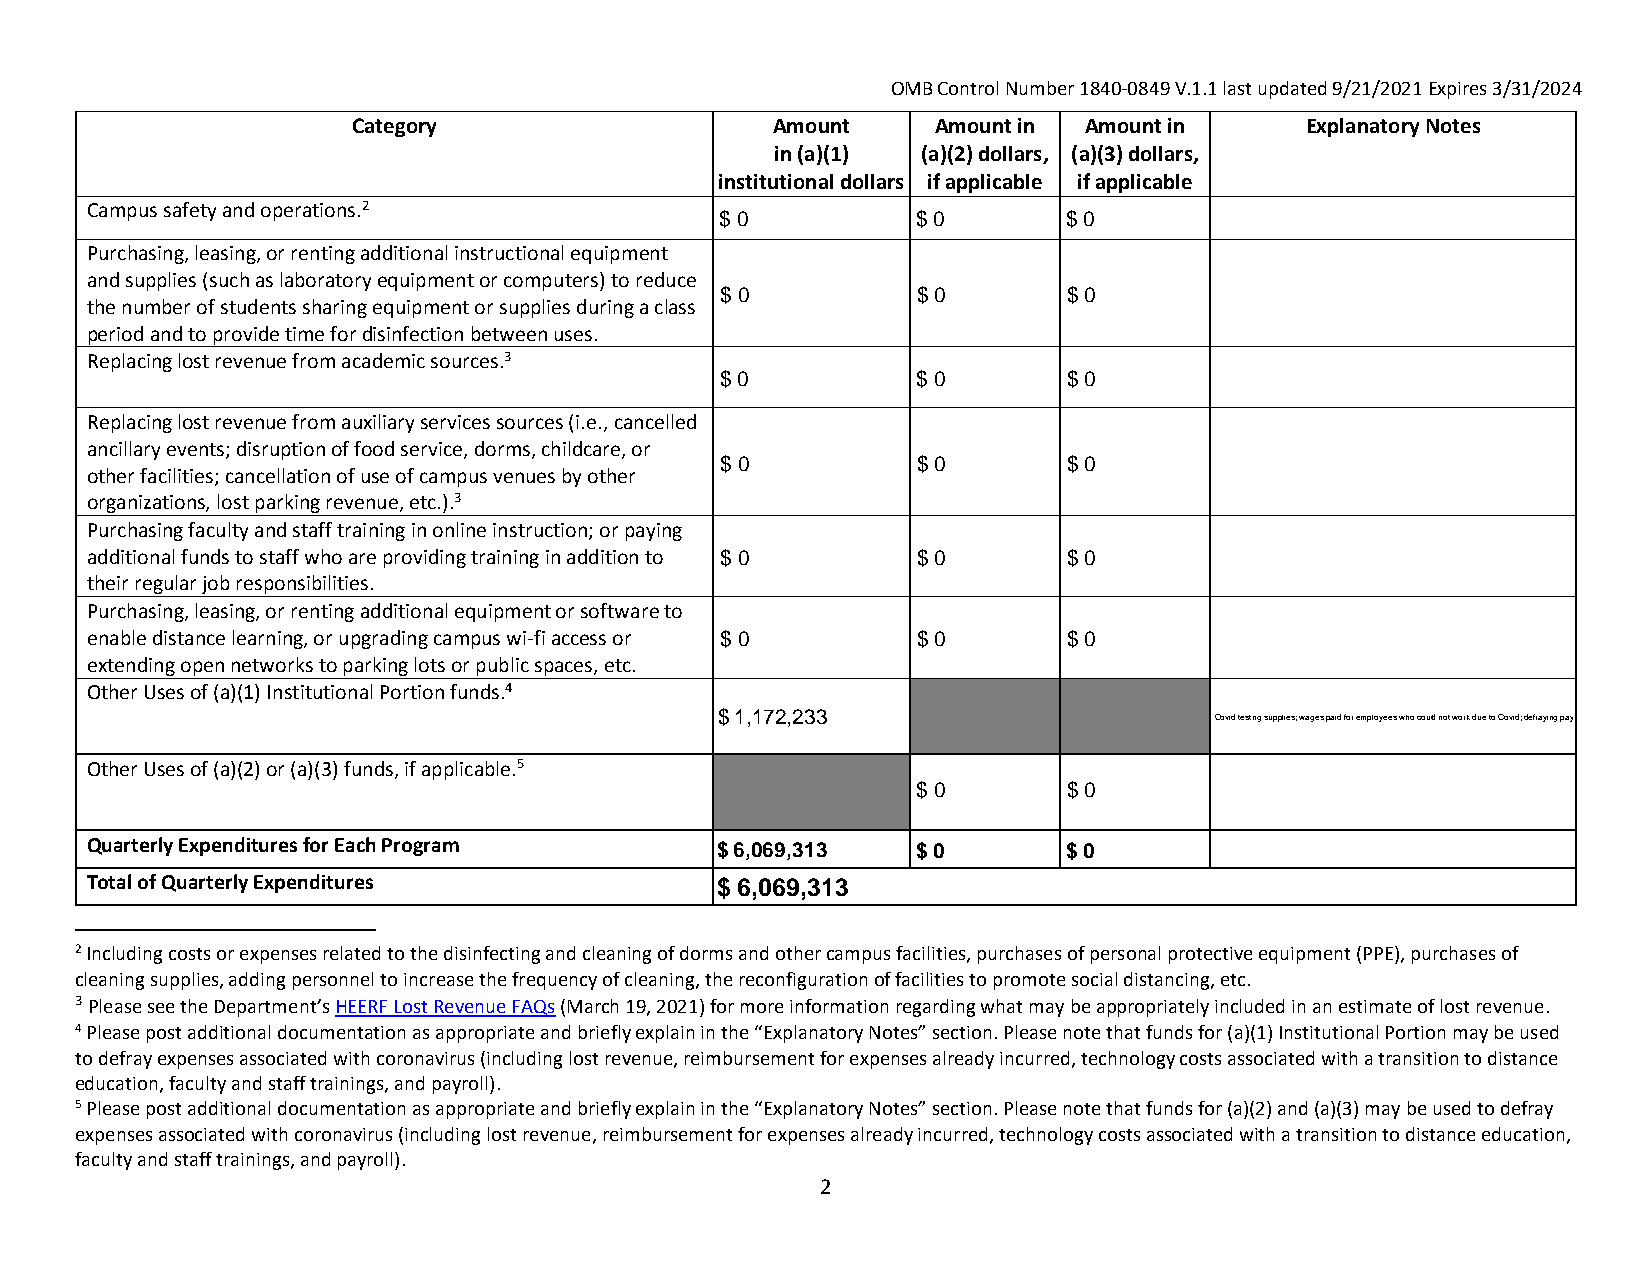
OMB Control Number 1840‐0849 V.1.1 last updated 9/21/2021 Expires 3/31/2024
 Category                    Amount     Amount in Amount in     Explanatory Notes
 in (a)(1) (a)(2) dollars, (a)(3) dollars,
 institutional dollars if applicable if applicable
 Campus safety and operations.2
 $ 0          $ 0       $ 0
 Purchasing, leasing, or renting additional instructional equipment
 and supplies (such as laboratory equipment or computers) to reduce
 $ 0          $ 0       $ 0
 the number of students sharing equipment or supplies during a class
 period and to provide time for disinfection between uses.
 Replacing lost revenue from academic sources.3
 $ 0          $ 0       $ 0
 Replacing lost revenue from auxiliary services sources(i.e.,cancelled
 ancillary events; disruption of food service, dorms, childcare, or
 $ 0          $ 0       $ 0
 other facilities; cancellation of use of campus venues by other
 organizations, lost parking revenue, etc.).3
 Purchasing faculty and staff training in online instruction; or paying
 additional funds to staff who are providing training in addition to $ 0 $ 0 $ 0
 their regular job responsibilities.
 Purchasing, leasing, or renting additional equipment or software to
 enable distance learning, or upgrading campus wi‐fi access or $ 0 $ 0 $ 0
 extending open networks to parking lots or public spaces, etc.
 Other Uses of (a)(1) Institutional Portion funds.4
 $ 1,172,233                      Covid testing supplies; wages paid for employees who could not work due to Covid; defraying payroll expenses associated with the coronavirus; other Covid related expenses.
 Other Uses of (a)(2) or (a)(3) funds, if applicable.5
 $ 0       $ 0
 Quarterly Expenditures for Each Program  $ 6,069,313   $ 0       $ 0
 Total of Quarterly Expenditures          $ 6,069,313
 2 Including costs or expenses related to the disinfecting and cleaning of dorms and other campus facilities, purchases of personal protective equipment (PPE), purchases of
 cleaning supplies, adding personnel to increase the frequency of cleaning, the reconfiguration of facilities to promote social distancing, etc.
 3 Please see the Department’s HEERF Lost Revenue FAQs (March 19, 2021) for more information regarding what may be appropriately included in an estimate of lost revenue.
 4 Please post additional documentation as appropriate and briefly explain in the “Explanatory Notes” section. Please note that funds for (a)(1) Institutional Portion may be used
 to defray expenses associated with coronavirus (including lost revenue, reimbursement for expenses already incurred, technology costs associated with a transition to distance
 education, faculty and staff trainings, and payroll).
 5 Please post additional documentation as appropriate and briefly explain in the “Explanatory Notes” section. Please note that funds for (a)(2) and (a)(3) may be used to defray
 expenses associated with coronavirus (including lost revenue, reimbursement for expenses already incurred, technology costs associated with a transition to distance education,
 faculty and staff trainings, and payroll).
 2